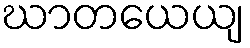
ဃာတယေယျ